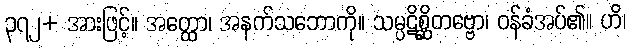
၃၇၂+ အားဖြင့်။ အတ္ထော၊ အနက်သဘောကို။ သမ္ပဋိစ္ဆိတဗ္ဗော၊ ဝန်ခံအပ်၏။ ဟိ၊